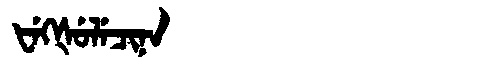
Manchu: ᡶᡝᡴᡧᡠᠯᡝᠴᡳᠨᠠ
Romanization: FEKŠULECINA